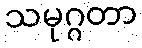
သမုဂ္ဂတာ